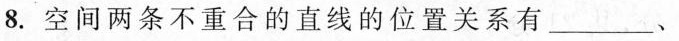
8.空间两条不重合的直线的位置关系有___、